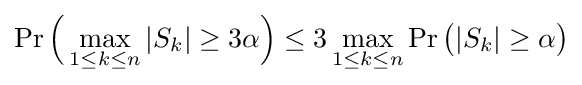
\Pr {\Bigl (}\max _{1\leq k\leq n}|S_{k}|\geq 3\alpha {\Bigr )}\leq 3\max _{1\leq k\leq n}\Pr {\bigl (}|S_{k}|\geq \alpha {\bigr )}